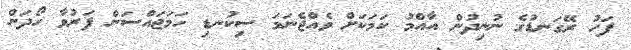
ފަހު ރޭގަނޑުގެ ނުނިދުން އާއްމު ކަމަކަށް ވެއްޖެނަމަ ސިކުނޑި ހަމަޖައްސަން ފަރުވާ ހޯދަން